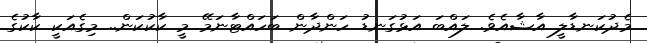
މެދުކަނޑާލީ އާޝާއެވެ. ލައްބަ އަޅުގަނޑު ހަންދާން ބަހައްޓާނަމޭ މީ ކާކުކަން.. މިގެއަކީ ކާކުގެ